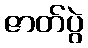
ဇာတ်ပွဲ